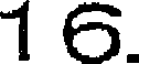
16.